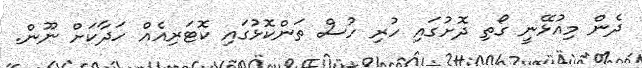
ދެން މިއުޅޭނީ ގޯތި ދޮށުގައި ހުރި ހުސް ތަންކޮޅުގައި ކޮޓަރިއެއް ހަދާކަށް ނޫން.